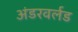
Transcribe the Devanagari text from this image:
अंडरवर्लड